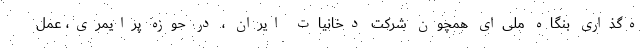
ه‌گذاری بنگاه ملی‌ای همچون شرکت دخانیات ایران ، در حوزه پرایمری، عمل